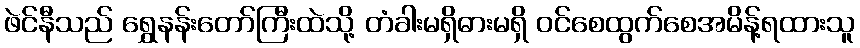
ဖဲင်နီသည် ရွှေနန်းတော်ကြီးထဲသို့ တံခါးမရှိဓားမရှိ ဝင်စေထွက်စေအမိန့်ရထားသူ